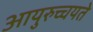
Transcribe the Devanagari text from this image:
आयुरुच्चयते